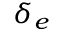
\delta _ { e }